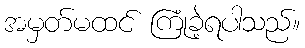
အမှတ်မထင် ကြုံခဲ့ရပါသည်။